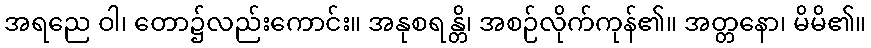
အရညေ ဝါ၊ တော၌လည်းကောင်း။ အနုစရန္တိ၊ အစဉ်လိုက်ကုန်၏။ အတ္တနော၊ မိမိ၏။